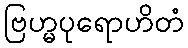
ဗြဟ္မပုရောဟိတံ